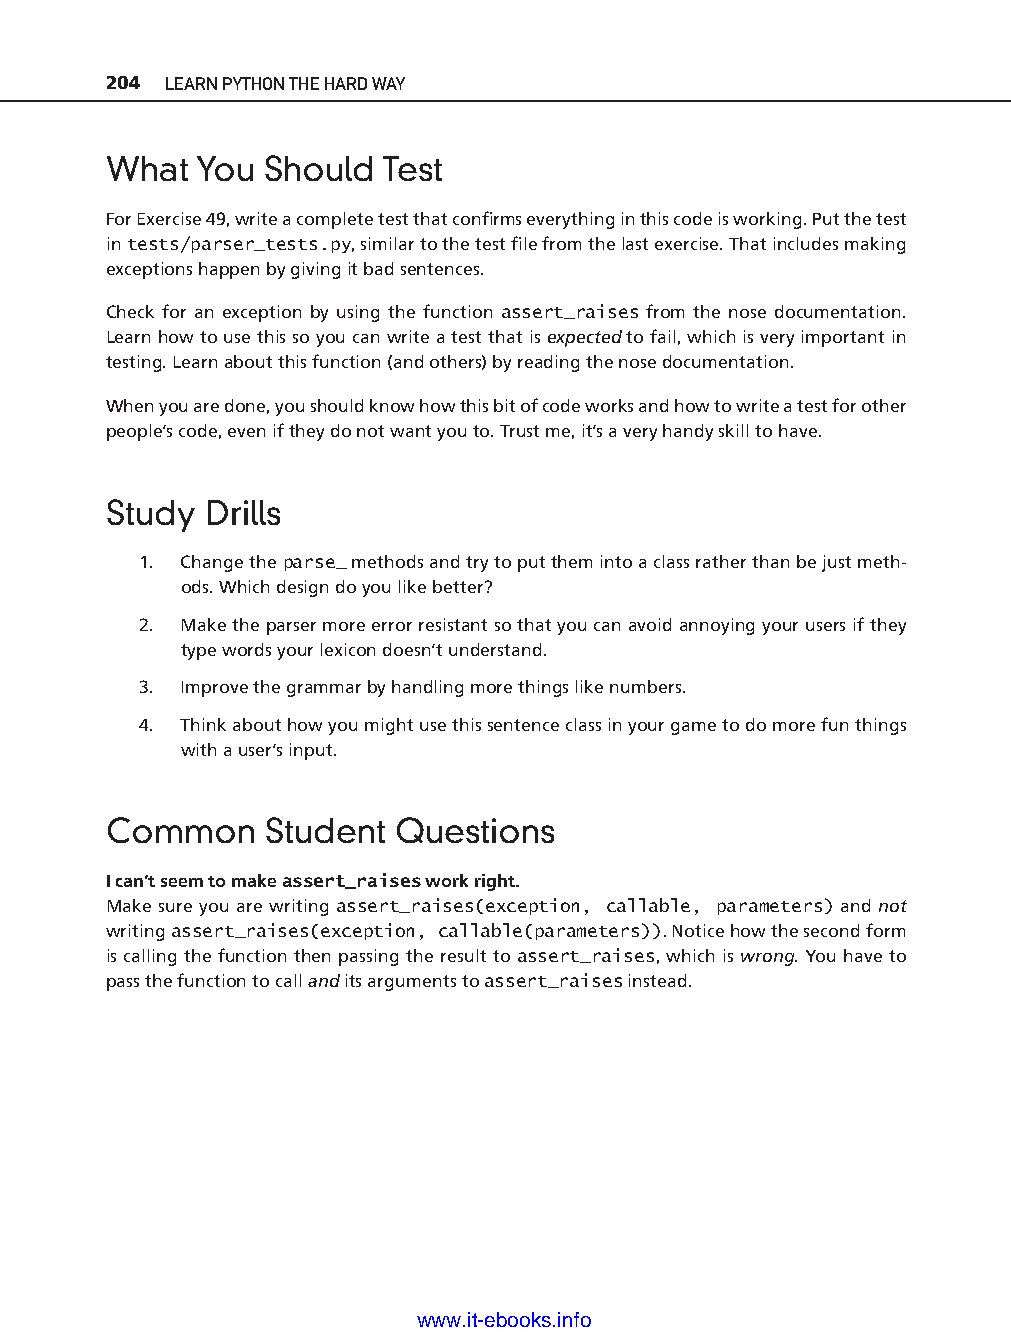
204 LEARN PYTHON THE HARD WAY
 What  You  Should Test
 For Exercise 49, write a complete test that confi rms everything in this code is working. Put the test
 in tests/parser_tests.py, similar to the test fi le from the last exercise. That includes making
 exceptions happen by giving it bad sentences.
 Check for an exception by using the function assert_raises from the nose documentation.
 Learn how to use this so you can write a test that is expected to fail, which is very important in
 testing. Learn about this function (and others) by reading the nose documentation.
 When you are done, you should know how this bit of code works and how to write a test for other
 people’s code, even if they do not want you to. Trust me, it’s a very handy skill to have.
 Study  Drills
 1. Change the parse_ methods and try to put them into a class rather than be just meth-
 ods. Which design do you like better?
 2. Make the parser more error r esistant so that you can avoid annoying your users if they
 type words your lexicon doesn’t understand.
 ptg11539604
 3. Improve the grammar by handling more things like numbers.
 4. Think about how you might use this sentence class in your game to do more fun things
 with a user’s input.
 Common     Student Questions
 I can’t seem to make assert_raises work right.
 Make sure you are writing assert_raises(exception, callable, parameters) and not
 writing assert_raises(exception, callable(parameters)). Notice how the second form
 is calling the function then passing the result to assert_raises, which is wrong. You have to
 pass the function to call and its arguments to assert_raises instead.
 www.it-ebooks.info